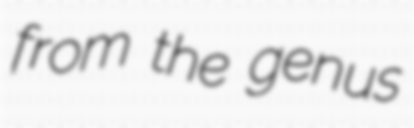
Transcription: from the genus